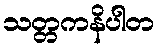
သတ္တကနိပါတ